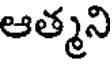
ఆత్మని